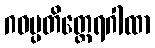
ဂဝမ္ပတိတ္ထေရဂါထာ